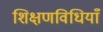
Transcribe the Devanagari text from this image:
शिक्षणविधियाँ